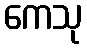
ကေသု